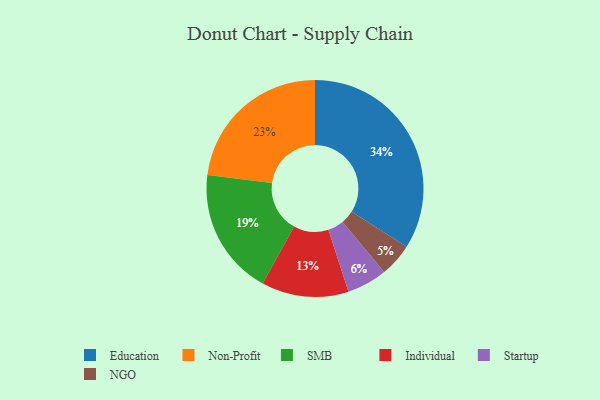
{"axis": {"x": "Category", "y": "Percentage"}, "legend": ["Education", "Individual", "NGO", "Non-Profit", "SMB", "Startup"], "data": [{"x": "SMB", "y": 19, "type": "SMB"}, {"x": "Education", "y": 34, "type": "Education"}, {"x": "NGO", "y": 5, "type": "NGO"}, {"x": "Non-Profit", "y": 23, "type": "Non-Profit"}, {"x": "Startup", "y": 6, "type": "Startup"}, {"x": "Individual", "y": 13, "type": "Individual"}]}